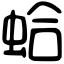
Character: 蛤